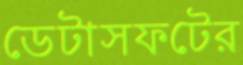
ডেটাসফটের